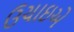
ઉચાઇએ